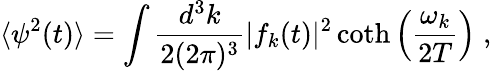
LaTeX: \langle\psi^{2}(t)\rangle=\int\frac{d^{3}k}{2(2\pi)^{3}}|f_{k}(t)|^{2}\coth\left(\frac{\omega_{k}}{2T}\right)\; ,